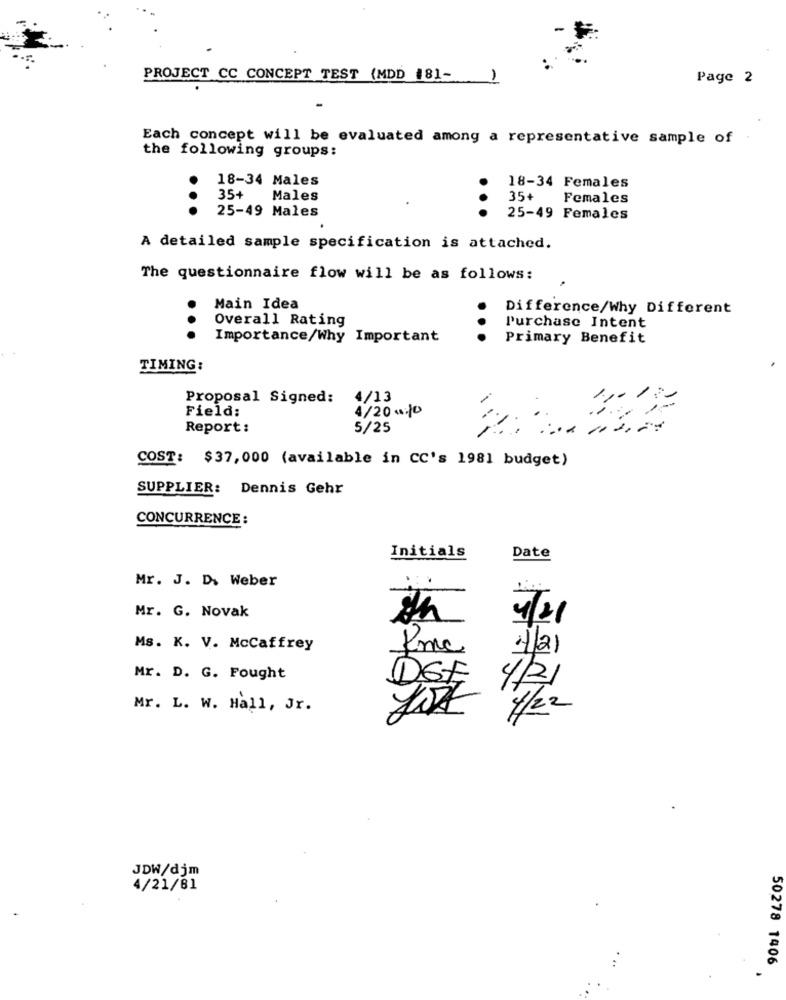
PROJECT CC CONCEPT TEST (MDD 181-
Page 2
Each concept will be evaluated among a representative sample of
the following groups:
18-34 Males
18-34 Females
35+
Males
35+
Females
25-49 Males
...
25-49 Females
A detailed sample specification is attached.
The questionnaire flow will be as follows:
Main Idea
Difference/Why Different
Overall Rating
.
Purchase Intent
...
Importance/Why Important
Primary Benefit
TIMING:
Proposal Signed:
4/13
Field:
4/2010
Report :
5/25
COST: $37,000 (available in CC's 1981 budget)
SUPPLIER: Dennis Gehr
CONCURRENCE :
Initials
Date
Mr. J. D. Weber
Mr. G. Novak
4/21
Ms. K. V. McCaffrey
fmc
4/21
Mr. D. G. Fought
DEF
4/21
Mr. L. W. Hall, Jr.
Jos 4/22
JDW/djm
4/21/81
50278 1406